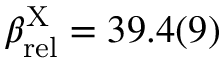
\beta _ { \mathrm { r e l } } ^ { \mathrm { X } } = 3 9 . 4 ( 9 )